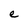
Character: e